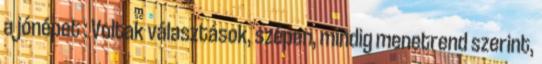
a jónépet : Voltak választások, szépen, mindig menetrend szerint,